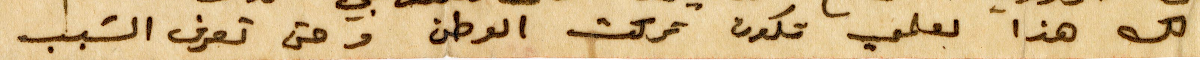
لكن هذا لعلمي تكون تركت الوطن وحتى تعرف السبب